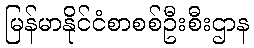
မြန်မာနိုင်ငံစာစစ်ဦးစီးဌာန